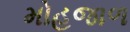
મોહજાળ